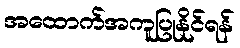
အထောက်အကူပြုနိုင်ရန်